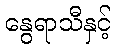
နွေရာသီနှင့်